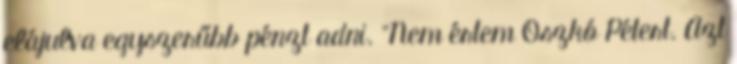
elájulva egyszerűbb pénzt adni. "Nem értem Oszkó Pétert. Azt